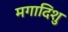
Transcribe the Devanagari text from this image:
मगादिशु